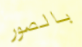
بالصور